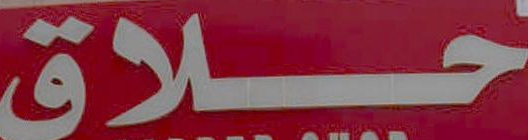
حلاق